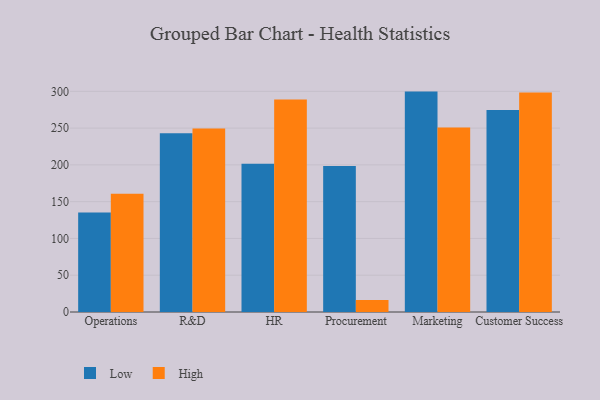
{"axis": {"x": "Department", "y": "Demand Index"}, "legend": ["High", "Low"], "data": [{"x": "Operations", "y": 135.2, "type": "Low"}, {"x": "Operations", "y": 160.7, "type": "High"}, {"x": "R&D", "y": 243.0, "type": "Low"}, {"x": "R&D", "y": 249.5, "type": "High"}, {"x": "HR", "y": 201.5, "type": "Low"}, {"x": "HR", "y": 288.7, "type": "High"}, {"x": "Procurement", "y": 198.4, "type": "Low"}, {"x": "Procurement", "y": 16.3, "type": "High"}, {"x": "Marketing", "y": 299.6, "type": "Low"}, {"x": "Marketing", "y": 250.8, "type": "High"}, {"x": "Customer Success", "y": 274.6, "type": "Low"}, {"x": "Customer Success", "y": 298.4, "type": "High"}]}